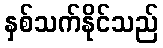
နှစ်သက်နိုင်သည်